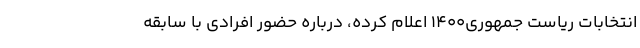
انتخابات ریاست جمهوری۱۴۰۰ اعلام کرده، درباره حضور افرادی با سابقه